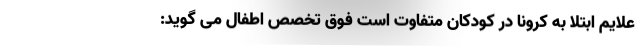
علایم ابتلا به کرونا در کودکان متفاوت است فوق تخصص اطفال می گوید: